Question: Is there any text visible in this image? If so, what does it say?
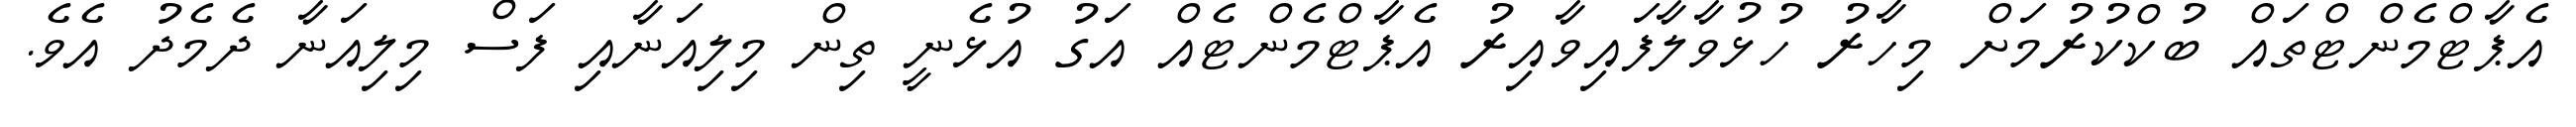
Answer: އެޕާޓްމެންޓްތައް ބުކްކުރުމަށް މިހާރު ހުޅުވާލާފައިވާއިރު އެޕާޓްމެންޓެއް އަގު އުޅެނީ ތިން މިލިއަނާއި ފަސް މިލިއަނާ ދެމެދު އެވެ.